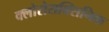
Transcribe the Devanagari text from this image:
क्लोरोसक्सिनिक